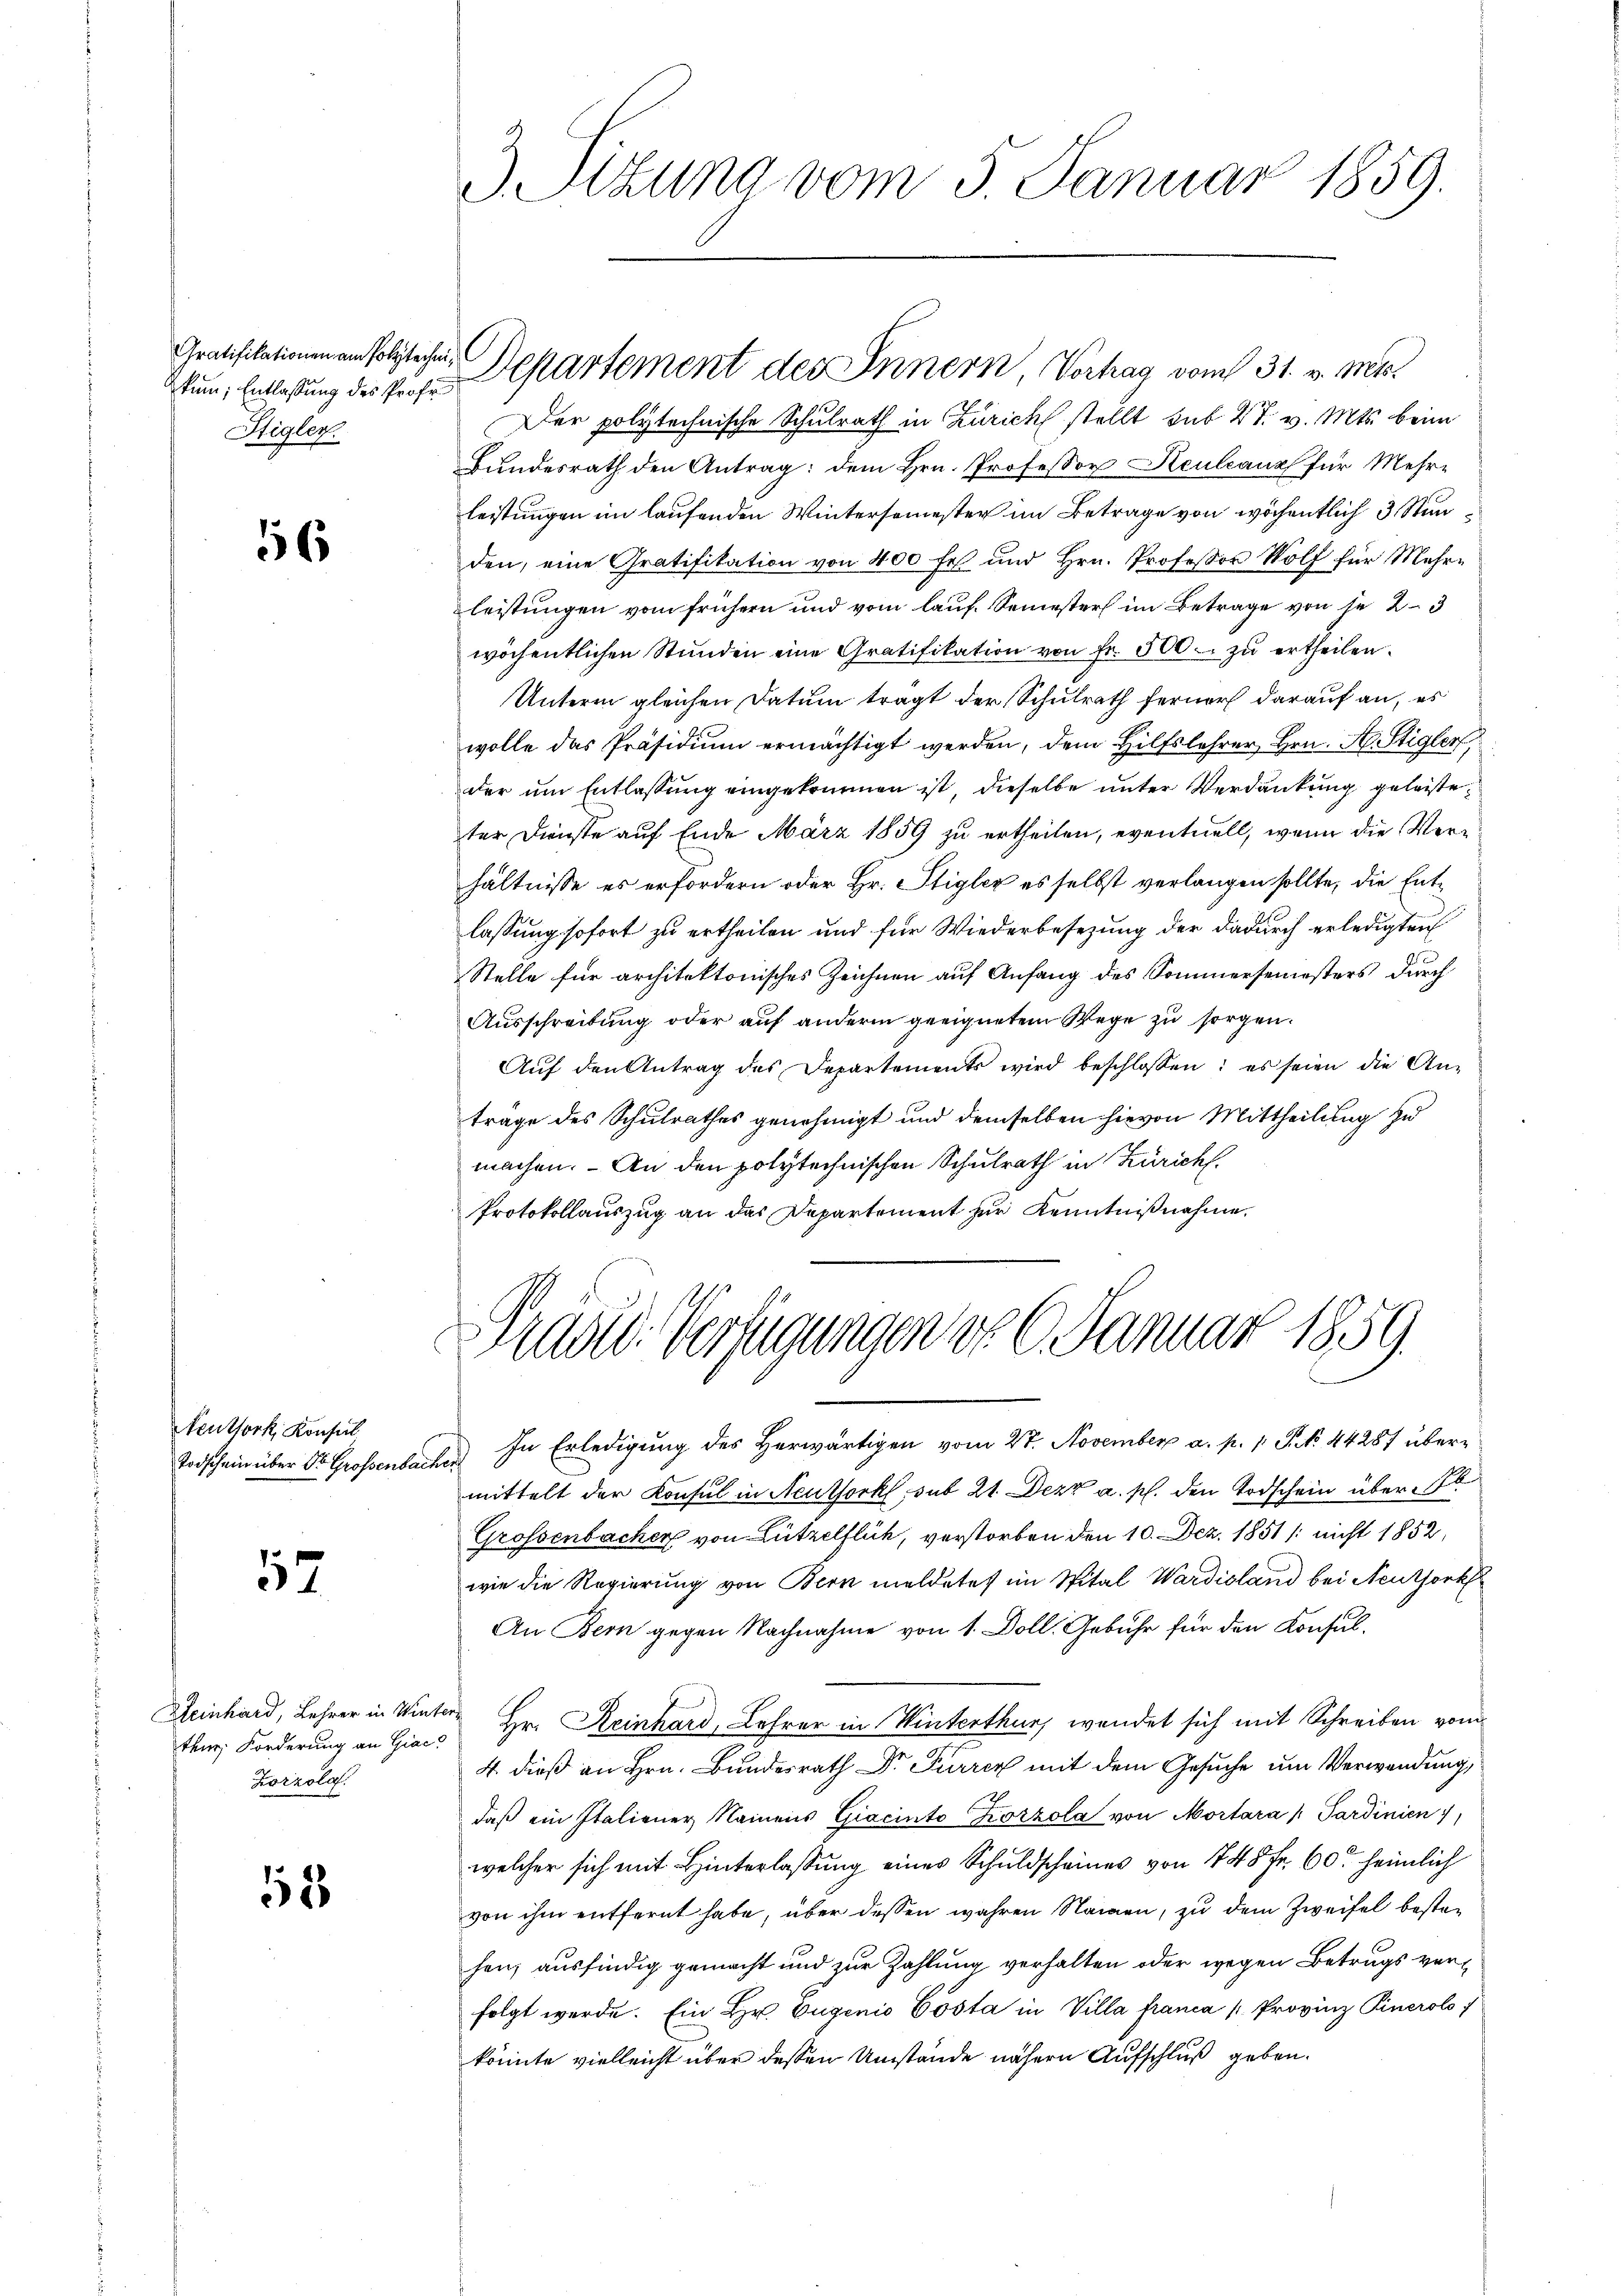
Gratifikationen am Polytechni¬
Itigler.

56

Neuthork, Konsul

2

Reinhard, Lehrer in Winter
Zorzola.

52

3 Sizung vom 5. Januar 1859.

Der polytechnische Schulrath in Zürich stellt sub 27. v. Mts. beim
Bundesrath den Antrag: dem Hrn. Professor Keuleaus für Mehre
leistungen im laufenden Wintersemester im Betrage von wöchentlich 3 Stunden, eine Gratifikation von 400 fest und Hrn. Professor Wolf für Mehrleistungen vom frühern und vom lauf Semesters im Betrage von je 2–3
wöchentlichen Stŭnden eine Gratifikation von fr. 500. zŭ ertheilen.
Unterm gleichen Datum tragt der Schulrath ferner darauf an, es
wolle das Präsidium ermächtigt werden, dem Hilfslehrer, Hrn. A. Stigler,
der um Entlassung eingekommen ist, dieselbe unter Verdankung geleisteter Dienste auf Ende März 1859 zu ertheilen, eventuell, wenn die Verhältnisse es erfordern oder Hr. Stigler es selbst verlangen sollte, die Entlassung sofort zu ertheilen und für Wiederbesezung der dadurch erledigten
Stelle für architektonisches Zeichnen auf Anfang des Sommersemesters durch
Ausschreibung oder auf anderm geeignetem Wege zu sorgen.
Aŭf den Antrag des Departements wird beschlossen: es seien die An-
träge des Schulrathes genehmigt und demselben hievon Mittheilung zu
machen. An den polytechnischen Schulrath in Zürich
Protokollauszug an das Departement zur Kenntnißnahme.

um, Entlaßung des Prof. Departement des Innern, Verhag vom 31. v. Mts.

Mad: Verfügungen do 6. Januar 1859.

Todschein über Dr. Grossenbache. In Erledigung des Herwärtigen vom 27. November a. p. 1 S. 44287 übermittelt der Konsul in Neuthork, sub 21. Dezz a. p. den Todschein über b
Grossenbacher von Lützelflüh, verstorben den 10. Dez. 1851 / nicht 1852
wie die Regierung von Bern meldetes im Spital Wardisland bei Neuthork
An Bern gegen Nachnahme von 1. Doll. Gebühr für den Konsulfen; Forderung an Gier Hr. Keinhard, Lehrer in Winterthur, wendet sich mit Schreiben vom
4. dieß an Hrn. Bundesrath Dr Furren mit dem Gesuche um Verwendung,
daβ ein Italiener Namens Giacinto Kozzola von Mortara /: Sardinien
welcher sich mit Hinterlassung eines Schuldscheines von 7 45 Fr. 60. heimlich
von ihm entfernt habe, über dessen wahren Namen, zu dem Zweifel bestehen, ausfindig gemacht und zur Zahlung verhalten oder wegen Betrugs verfolgt werde. Ein Hr. Eugenio Costa in Villa franca " Provinz Pinerol
könnte vielleicht über dessen Umstände nähern Aufschluß geben.